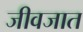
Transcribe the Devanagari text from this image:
जीवजात